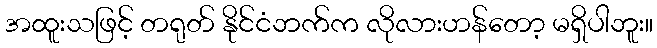
အထူးသဖြင့် တရုတ် နိုင်ငံဘက်က လိုလားဟန်တော့ မရှိပါဘူး။